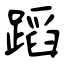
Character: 蹈